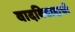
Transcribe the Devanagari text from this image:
वादविवादाची